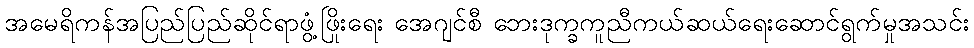
အမေရိကန်အပြည်ပြည်ဆိုင်ရာဖွံ့ဖြိုးရေး အေဂျင်စီ ဘေးဒုက္ခကူညီကယ်ဆယ်ရေးဆောင်ရွက်မှုအသင်း